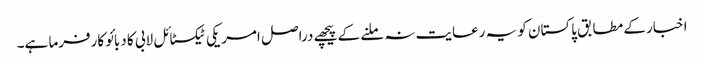
اخبار کے مطابق پاکستان کو یہ رعایت نہ ملنے کے پیچھے دراصل امریکی ٹیکسٹائل لابی کا دبائو کارفرما ہے۔